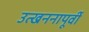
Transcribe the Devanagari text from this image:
उत्खननापूर्वी